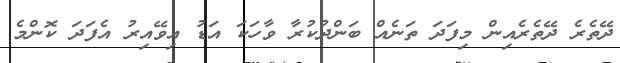
ދޭތެރެ ދޭތެރެއިން މިފަދަ ތަނެއް ބަންދުކުރާ ވާހަކަ އަޑު އިވޭއިރު އެފަދަ ކޮންމެ